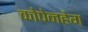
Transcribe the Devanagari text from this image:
कोपेनहेग